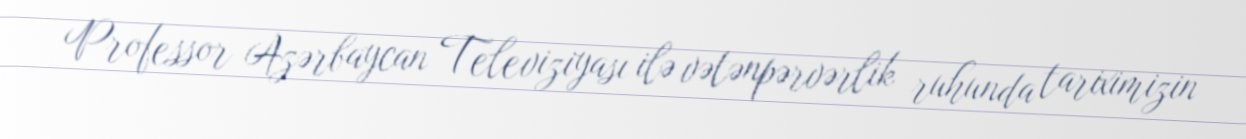
Professor Azərbaycan Televiziyası ilə vətənpərvərlik ruhunda tariximizin